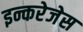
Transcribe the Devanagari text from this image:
इन्करेजेस